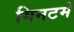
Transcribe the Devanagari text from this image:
मिनटमे